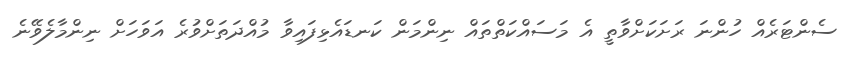
ސެންޓަރެއް ހުންނަ ރަށަކަށްވާތީ އެ މަސައްކަތްތައް ނިންމަން ކަނޑައެޅިފައިވާ މުއްދަތަށްވުރެ އަވަހަށް ނިންމާލެވޭނެ